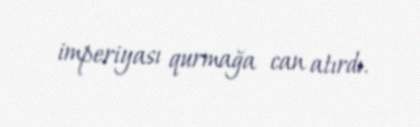
imperiyası qurmağa can atırdı.